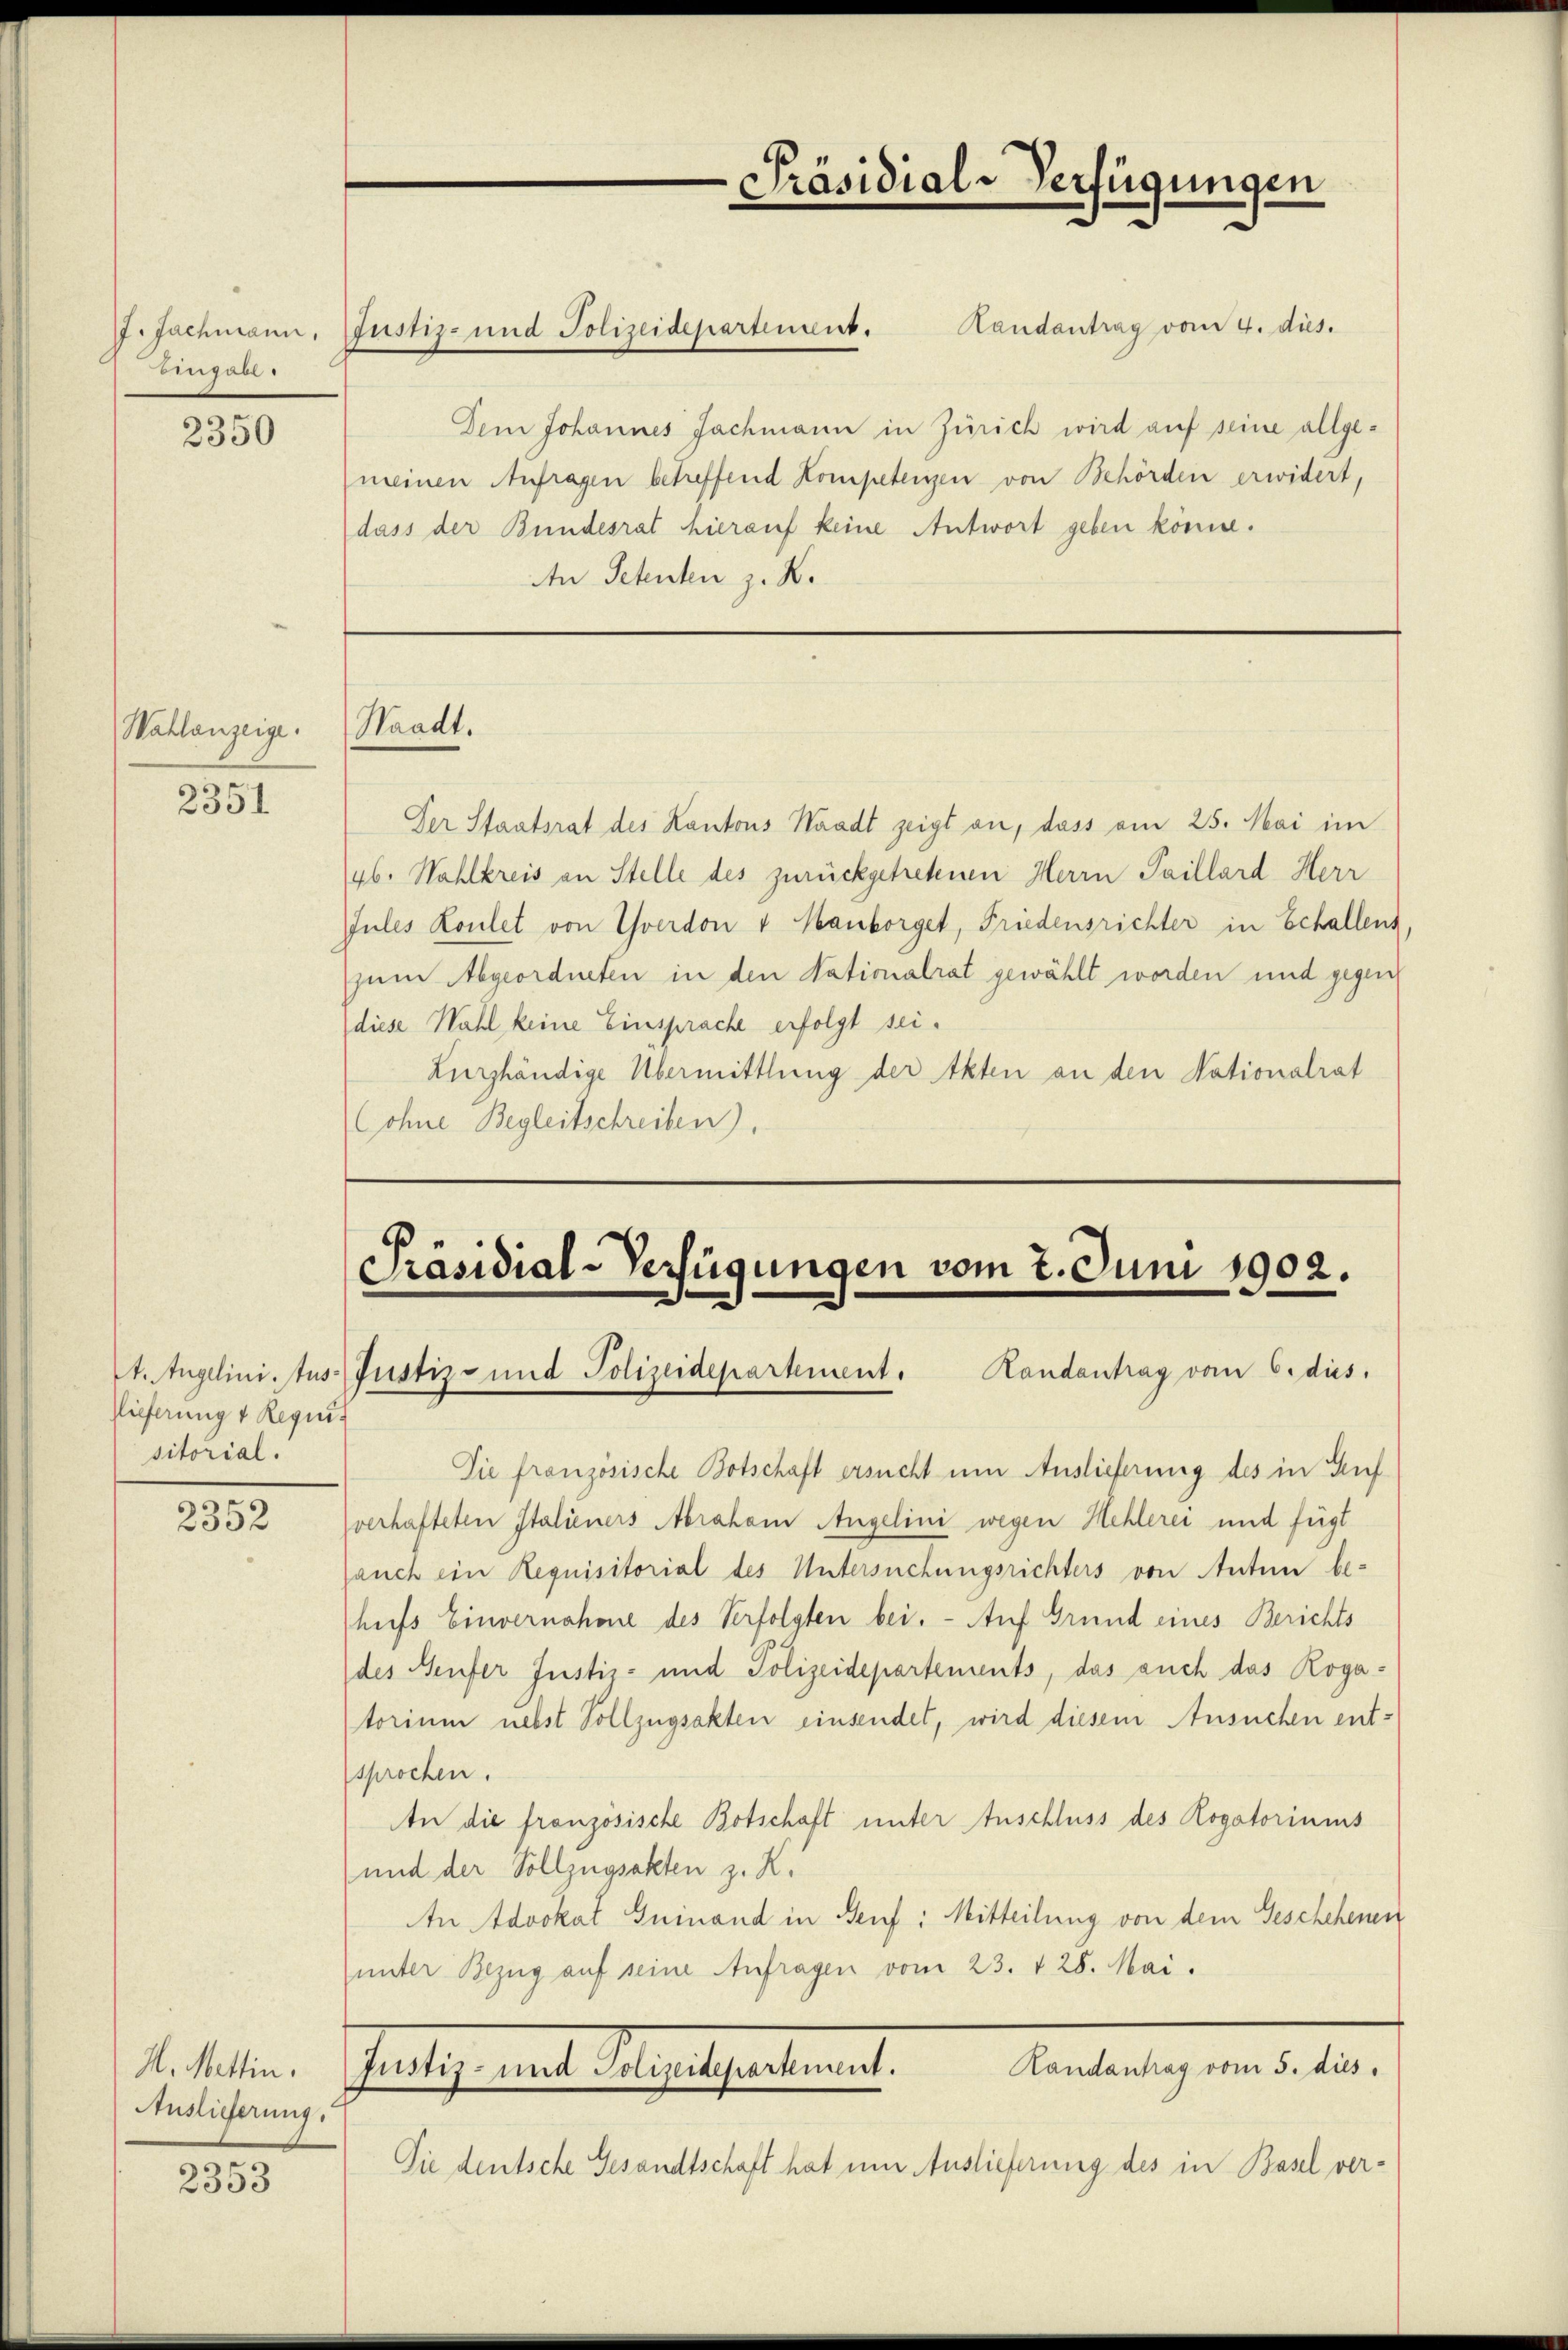
Eingabe

2350

Wahlanzeige.

2351

2t. Angelini, tus¬
Tieferung 4 Requisitorial.

2352

H. Mettin.
Auslieferung.

2353

Landantrag vom 4. dies.
Dem Johannes Jachmann in Zürich wird auf seine allge-
meinen Anfragen betreffend Kompetenzen von Behörden erwidert,
dass der Bundesrat hierauf keine Antwort geben könne.
An Petenten z. B.

J. Jachmann, Justiz- und Polizeidepartement.

Waadt.

Der Staatsrat des Kantons Waadt zeigt an, dass am 25. Mai im
46. Wahlkreis an Stelle des zurückgetretenen Herrn Paillard Herr
Jules Koulet von Yverdon v Mankorget, Friedensrichter in Schallens
zum Abgeordneten in den Nationalrat gewählt worden und gegen
diese Wahl keine Einsprache erfolgt sei.
Lurshändige Übermittlung der Akten an den Nationalrat
Lohne Begleitschreiben).

Präsidial-Verfügungen vom 2. Juni 1902.
Justiz- und Polizeidepartement. Handantrag vom 6. dies

Sie französische Botschaft ersucht um Auslieferung des in Auf
verhafteten Italieners Abraham Angelini wegen Hehlerei und fügt
auch ein Requisitorial des Untersuchungsrichters von Anton be-
hufs Einvernohone des Verfolgten bei. - Auf Grund eines Berichts
des Aeufer Justiz- und Polizeidepartements, das auch das Rogatorium nebst Vollzugsakten einsendet, wird diesem Ansuchen entsprochen.
An die französische Botschaft unter Anschluss des Rogatoriums
(und der Vollzugsakten z. K.
An Advokat Guinand in Senf: Mitteilung von dem Geschehenen
unter Bezug auf seine Anfragen vom 23. 128. Mai.
Randantrag vom 5. dies
fälig mit Meiligentums.
Sie deutsche Gesandtschaft hat um Auslieferung des in Basel ver-

Präsidial-Verfügungen